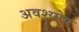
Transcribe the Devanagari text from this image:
अवश्य्मेव